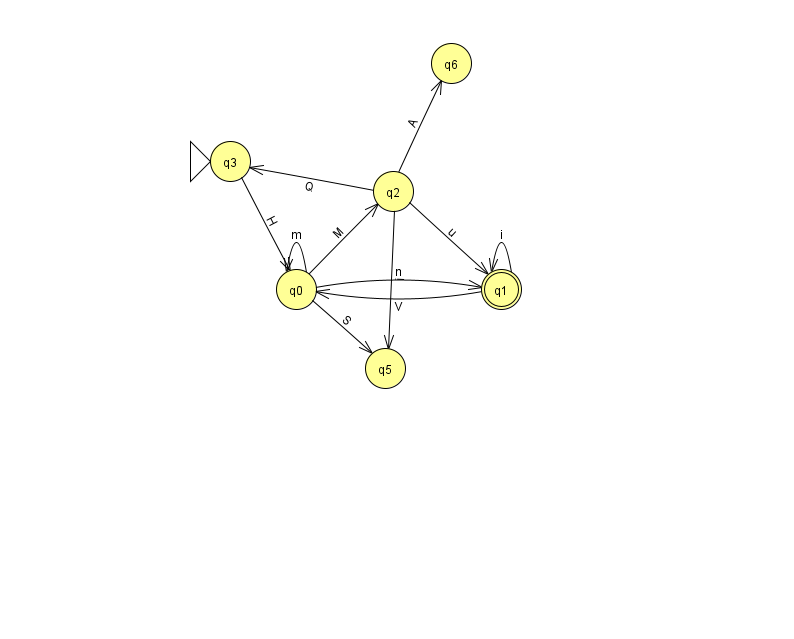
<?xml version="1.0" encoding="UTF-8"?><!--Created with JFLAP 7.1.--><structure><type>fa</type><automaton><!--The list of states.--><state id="0" name="q0"><x>296.0</x><y>276.0</y></state><state id="1" name="q1"><x>501.0</x><y>276.0</y><final/></state><state id="2" name="q2"><x>393.0</x><y>178.0</y></state><state id="3" name="q3"><x>230.0</x><y>148.0</y><initial/></state><state id="5" name="q5"><x>385.0</x><y>355.0</y></state><state id="6" name="q6"><x>451.0</x><y>50.0</y></state><!--The list of transitions.--><transition><from>0</from><to>2</to><read>M</read></transition><transition><from>2</from><to>5</to><read>i</read></transition><transition><from>2</from><to>1</to><read>u</read></transition><transition><from>0</from><to>1</to><read>n</read></transition><transition><from>2</from><to>6</to><read>A</read></transition><transition><from>0</from><to>5</to><read>S</read></transition><transition><from>1</from><to>1</to><read>i</read></transition><transition><from>3</from><to>0</to><read>H</read></transition><transition><from>1</from><to>0</to><read>V</read></transition><transition><from>0</from><to>0</to><read>m</read></transition><transition><from>2</from><to>3</to><read>Q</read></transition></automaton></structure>